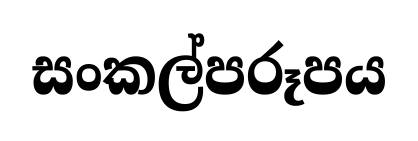
සංකල්පරූපය